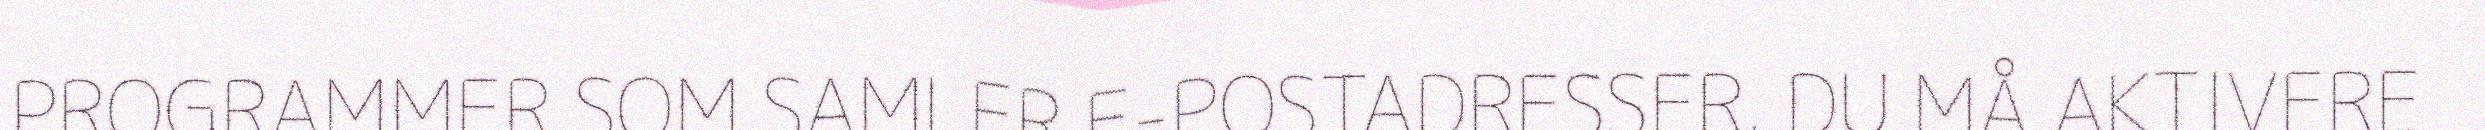
PROGRAMMER SOM SAMLER E-POSTADRESSER. DU MÅ AKTIVERE